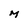
Character: M